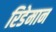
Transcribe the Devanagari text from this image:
रिडेमान